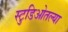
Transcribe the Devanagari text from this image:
स्टुडिओतल्या